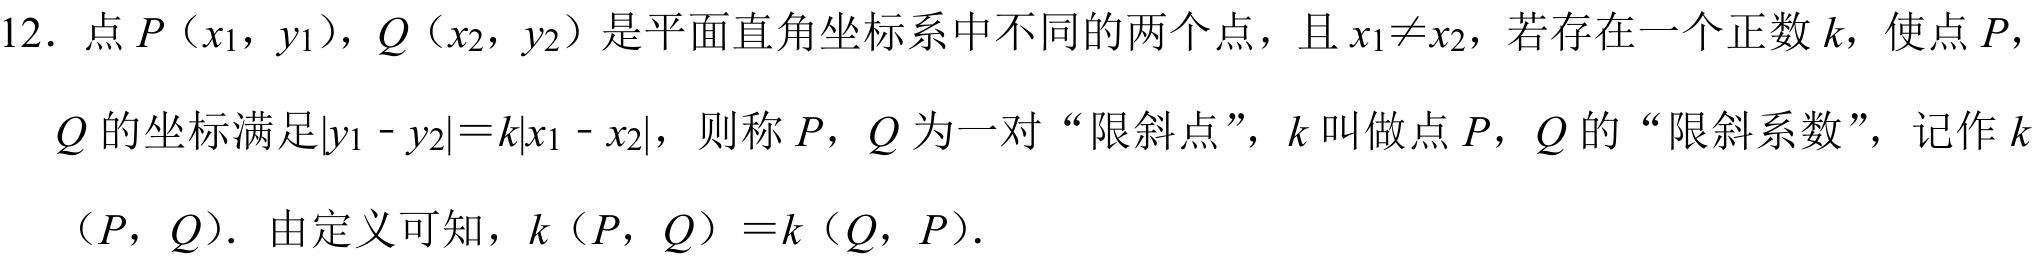
12. 点$P（x_{1}，y_{1}）$，$Q（x_{2}，y_{2}）$是平面直角坐标系中不同的两个点，且$x_{1}\neq x_{2}$，若存在一个正数$k$，使点$P$，
$Q$的坐标满足$|y_{1}－y_{2}| = k|x_{1}－x_{2}|$，则称$P$，$Q$为一对“限斜点”，$k$叫做点$P$，$Q$的“限斜系数”，记作$k$
（$P$，$Q$）．由定义可知，$k$（$P$，$Q$）$= k$（$Q$，$P$）．